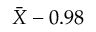
\! { \bar { X } } - 0 { . } 9 8